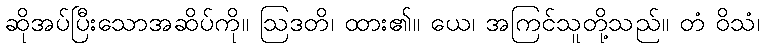
ဆိုအပ်ပြီးသောအဆိပ်ကို။ ဩဒတိ၊ ထား၏။ ယေ၊ အကြင်သူတို့သည်။ တံ ဝိသံ၊